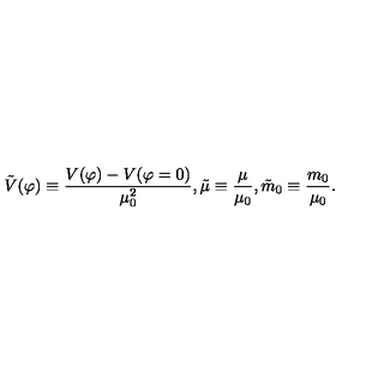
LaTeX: { \tilde { V } } ( \varphi ) \equiv { \frac { V ( \varphi ) - V ( \varphi = 0 ) } { \mu _ { 0 } ^ { 2 } } } , { \tilde { \mu } } \equiv { \frac { \mu } { \mu _ { 0 } } } , { \tilde { m } } _ { 0 } \equiv { \frac { m _ { 0 } } { \mu _ { 0 } } } .